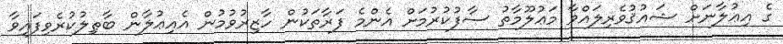
ގެ އިޢުލާނަށް ޝައުޤުވެރިލައްވާ މަޢުލޫމާތު ސާފުކުރުމަށް އެންމެ ފަރާތަކުން ހާޒިރުވުމުން އެއިޢުލާން ބާޠިލުކުރެވިފައިވާ